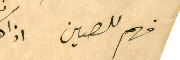
فهم للصين اذا